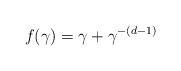
LaTeX: \begin{align*}f(\gamma) = \gamma + \gamma^{-(d - 1)}\end{align*}